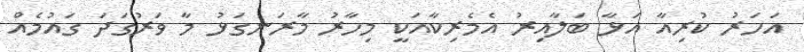
އަހަރު ކުރިއާ އަޅާ ބަލާއިރު އެމެރިކާއަކީ މިހާރު މާރަނގަޅު މާ ވަރުގަދަ ގައުމެއް